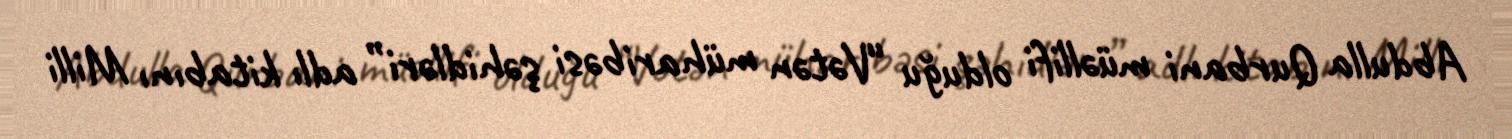
Abdulla Qurbani müəllifi olduğu “Vətən müharibəsi şəhidləri” adlı kitabını Milli